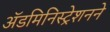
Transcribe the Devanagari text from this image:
ॲडमिनिस्ट्रेशनने